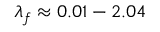
\lambda _ { f } \approx 0 . 0 1 - 2 . 0 4